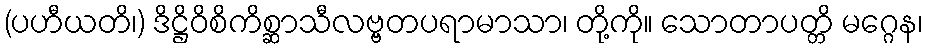
(ပဟီယတိ၊) ဒိဋ္ဌိဝိစိကိစ္ဆာသီလဗ္ဗတပရာမာသာ၊ တို့ကို။ သောတာပတ္တိ မဂ္ဂေန၊